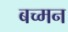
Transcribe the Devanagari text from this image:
बच्मन